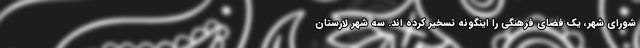
شورای شهر، یک فضای فرهنگی را اینگونه تسخیر کرده اند. سه شهر لارستان